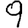
Digit: 9